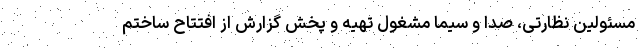
مسئولین نظارتی، صدا و سیما مشغول تهیه و پخش گزارش از افتتاح ساختم